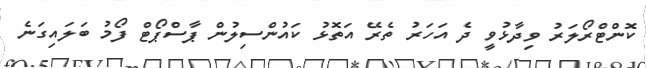
ކޮންޓްރޯލަރު ވިދާޅުވީ ދެ އަހަރު ތެރޭ އަތޮޅު ކައުންސިލުން ޕާސްޕޯޓް ފޯމު ބަލައިގަނެ